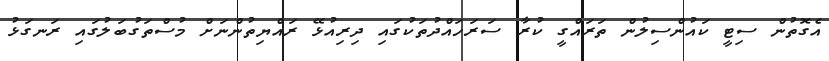
އެގޮތުން ސިޓީ ކައުންސިލުން ތަރައްގީ ކުރާ ސަރަހައްދުތަކުގައި ދިރިއުޅޭ ރައްޔިތުންނަށް މުސްތަގުބަލުގައި ރަނގަޅު